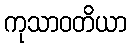
ကုသာဝတိယာ